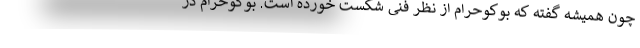
چون همیشه گفته که بوکوحرام از نظر فنی شکست خورده است. بوکوحرام در